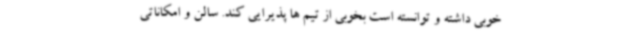
خوبی داشته و توانسته است بخوبی از تیم ها پذیرایی کند. سالن و امکاناتی